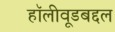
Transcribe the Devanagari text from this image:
हॉलीवूडबद्दल